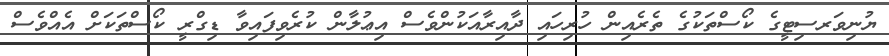
ޔުނިވަރސިޓީގެ ކޯސްތަކުގެ ތެރެއިން ހުރިހައި ދާއިރާއަކުންވެސް އިޢުލާން ކުރެވިފައިވާ ޑިގްރީ ކޯސްތަކަށް އެއްވެސް